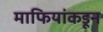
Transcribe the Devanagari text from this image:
माफियांकडून